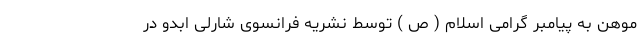
موهن به پیامبر گرامی اسلام ( ص ) توسط نشریه فرانسوی شارلی ابدو در